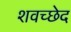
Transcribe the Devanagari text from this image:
शवच्छेद